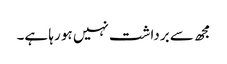
مجھ سے برداشت نہیں ہو رہا ہے۔